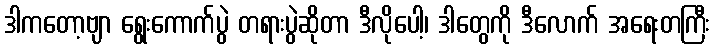
ဒါကတော့ဗျာ ရွေးကောက်ပွဲ တရားပွဲဆိုတာ ဒီလိုပေါ့၊ ဒါတွေကို ဒီလောက် အရေးတကြီး